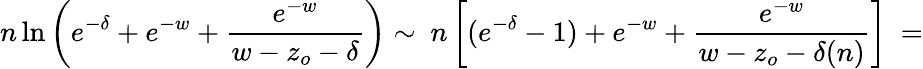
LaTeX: n\ln\left(e^{-\delta}+e^{-w}+\frac{e^{-w}}{w-z_{o}-\delta}\right)\sim\ n\left[(e^{-\delta}-1)+e^{-w}+\frac{e^{-w}}{w-z_{o}-\delta(n)}\right]\ =